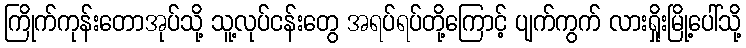
ကြိုက်ကုန်းတောအုပ်သို့ သူ့လုပ်ငန်းတွေ အရပ်ရပ်တို့ကြောင့် ပျက်ကွက် လားရှိုးမြို့ပေါ်သို့